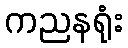
ကညနရုံး